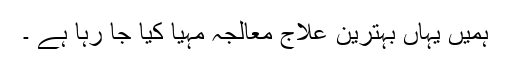
ہمیں یہاں بہترین علاج معالجہ مہیا کیا جا رہا ہے ۔